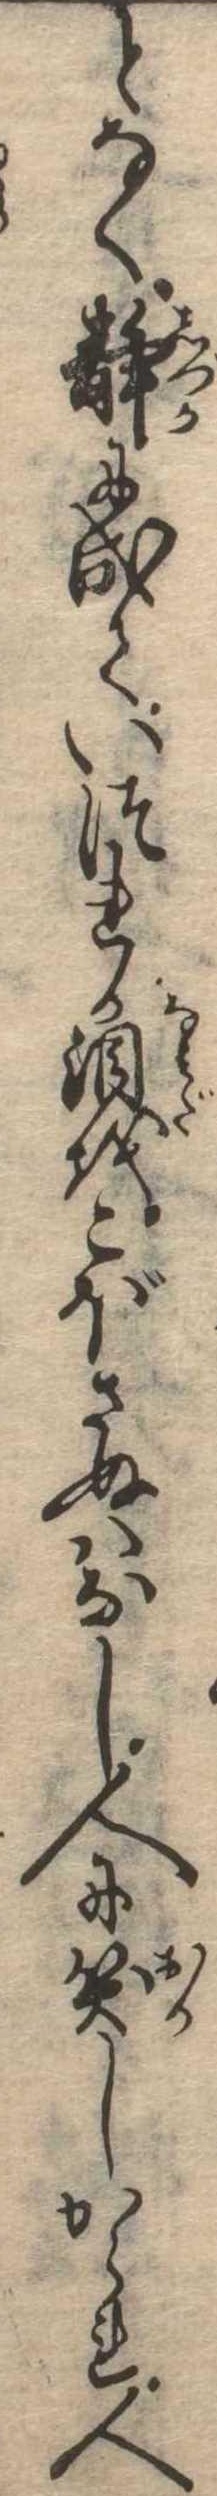
となく静に成ていつれか涙をこぼさぬはなし人に笑しかられ人